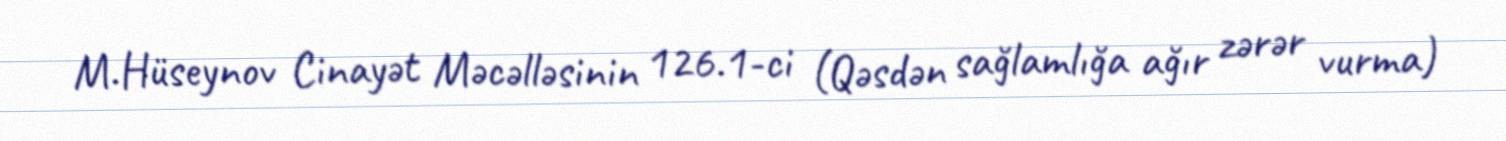
M.Hüseynov Cinayət Məcəlləsinin 126.1-ci (Qəsdən sağlamlığa ağır zərər vurma)